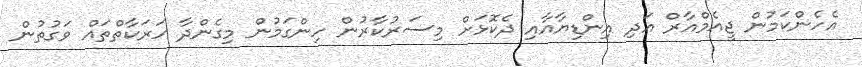
އެހެންކަމުން ޖީއެމްއާރް އަދި އިންޑިޔާއާއި ދެކޮޅަށް މިސަރުކާރުން ހިންގަމުން މިގެންދާ ހަރަކާތްތައް ވަގުތުން